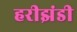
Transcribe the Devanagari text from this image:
हरीझंडी